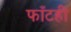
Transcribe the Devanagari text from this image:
फाँटही